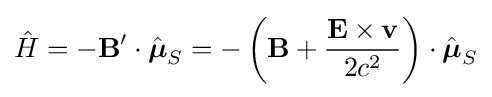
{\hat {H}}=-\mathbf {B} '\cdot {\hat {\boldsymbol {\mu }}}_{S}=-\left(\mathbf {B} +{\frac {\mathbf {E} \times \mathbf {v} }{2c^{2}}}\right)\cdot {\hat {\boldsymbol {\mu }}}_{S}